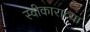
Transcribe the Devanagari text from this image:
स्वीकाराव्या